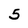
Character: 5